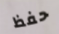
حفظ